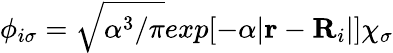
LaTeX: \phi_{i\sigma}=\sqrt{\alpha^{3}/\pi}exp[-\alpha|\textbf{r}-\textbf{R}_{i}|]\chi_{\sigma}